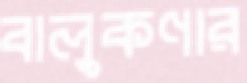
বালুকণার